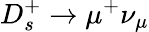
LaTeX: D_{s}^{+}\to\mu^{+}\nu_{\mu}